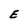
Character: E